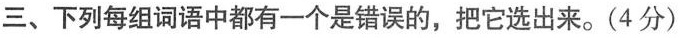
三、下列每组词语中都有一个是错误的，把它选出来。(4分)